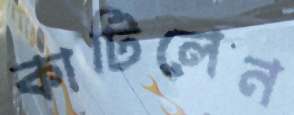
কাটিলেন